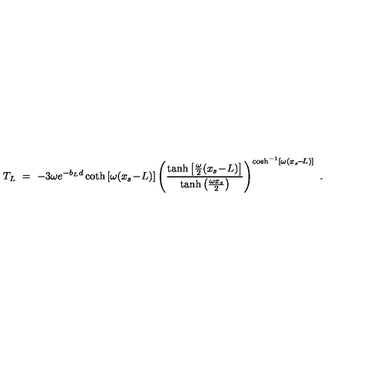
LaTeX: T _ { L } \ = \ - 3 \omega e ^ { - b _ { L } d } \coth \left[ \omega ( x _ { s } \! - \! L ) \right] \left( \frac { \tanh \left[ \frac { \omega } { 2 } ( x _ { s } \! - \! L ) \right] } { \tanh \left( \frac { \omega x _ { s } } { 2 } \right) } \right) ^ { \cosh ^ { - 1 } \left[ \omega ( x _ { s } \! - \! L ) \right] } \ .